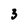
Character: 3